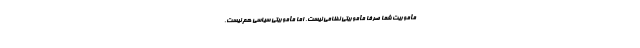
مأموریت شما صرفا مأموریتی نظامی نیست، اما مأموریتی سیاسی هم نیست،